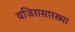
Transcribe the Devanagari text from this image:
वजिरासारख्या